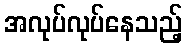
အလုပ်လုပ်နေသည့်